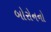
બોરોનનો